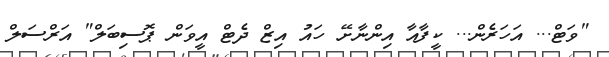
"ވަޓް... އަހަރެން... ކީފާއާ އިންނާށޭ ހައު އިޒް ދެޓް އީވަން ޕޮސިބަލް" އަރްސަލް